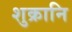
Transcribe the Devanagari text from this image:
शुक्रानि